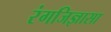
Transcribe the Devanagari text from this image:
रंगजिज्ञासा